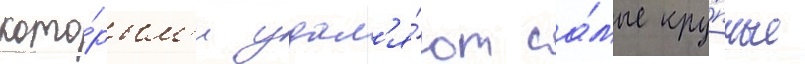
кото́рым'и удал'я́ют са́мые кру́пные